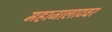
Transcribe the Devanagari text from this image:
महाजालाटवर